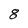
Character: 8